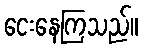
ငေးနေကြသည်။